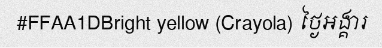
#FFAA1DBright yellow (Crayola) ថ្ងៃអង្គារ